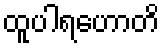
ထူပါရဟောတိ